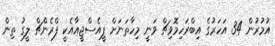
އުމުރުން 34 އަހަރުގެ އިބްރަހިމޮވިޗް ވަނީ މިހާތަނަށް ޕީއެސްޖީއާއެކީ ފްރެންޗް ލީގު ތިން